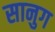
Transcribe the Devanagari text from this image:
सानुग